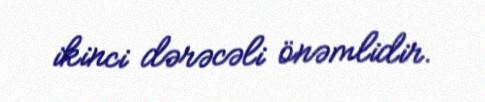
ikinci dərəcəli önəmlidir.